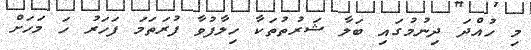
މި ހުއްދަ ދިނުމުގައި ބަލާ ޝަރުތުތަކާ ހިލާފުވާ ފުރަތަމަ ފަހަރު ހަ މަހަށް